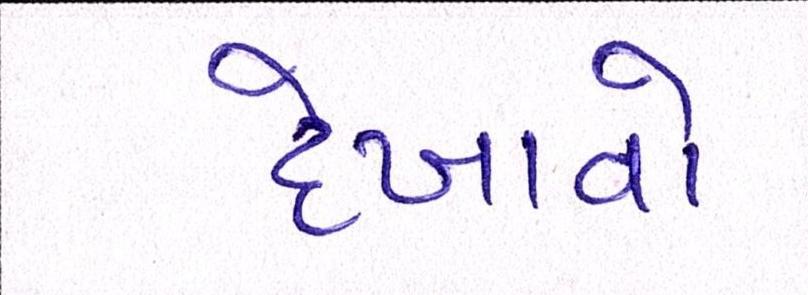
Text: દેખાવો